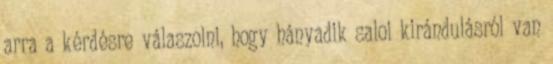
arra a kérdésre válaszolni, hogy hányadik saloi kirándulásról van